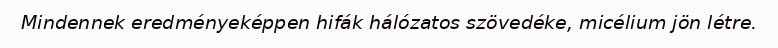
Mindennek eredményeképpen hifák hálózatos szövedéke, micélium jön létre.